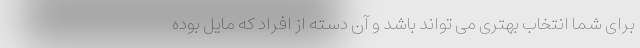
برای شما انتخاب بهتری می تواند باشد و آن دسته از افراد که مایل بوده